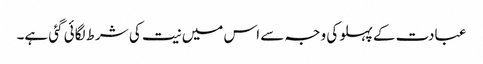
عبادت کے پہلو کی وجہ سے اس میں نیت کی شرط لگائی گئی ہے۔